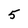
Character: 5